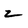
Character: z